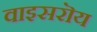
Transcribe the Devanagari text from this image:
वाइसरॊय